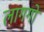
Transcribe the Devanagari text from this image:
लागगो